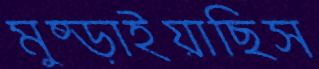
মুষ্‌ড়াইয়াছিস